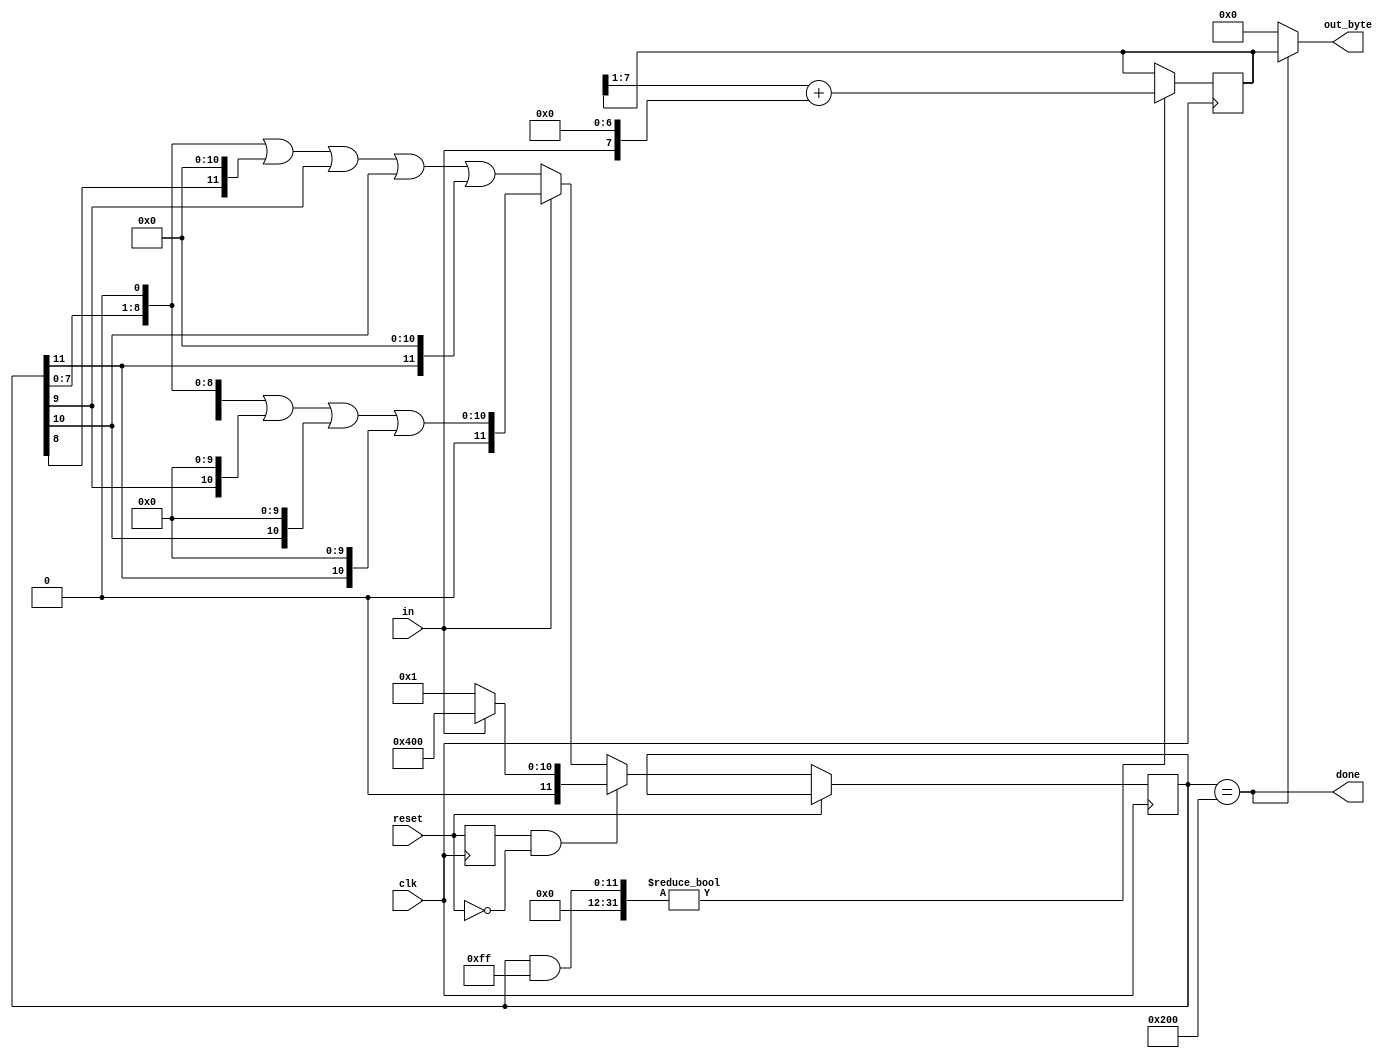
module top_module(
    input clk,
    input in,
    input reset,    // Synchronous reset
    output [7:0] out_byte,
    output done
); //

    // Use FSM from Fsm_serial
    reg [7:0] out;
    // New: Datapath to latch input bits.
    reg is_reset;
    reg [11:0] state;
    always @(posedge clk) begin
        is_reset <= reset;
        if (reset) begin
            ;
        end
        else if (is_reset & ~reset) begin
            if (in)
                state <= 1 << 10;
            else
                state <= 1 << 0;
        end
        else begin
            if (in)
                state <= state[8:0] << 1 | state[9] << 10 | state[10] << 10 | state[11] << 10;
            else
                state <= state[7:0] << 1 | state[8] << 11 | state[9] | state[10] | state[11] << 11;
        end
        
        if (state & 'b11111111)
            out <= (out >> 1) + (in << 7);
    end
    assign done = (state == 1 << 9);
	assign out_byte = done ? out : 0;
endmodule